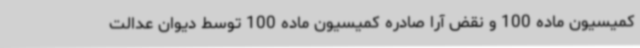
کمیسیون ماده 100 و نقض آرا صادره کمیسیون ماده 100 توسط دیوان عدالت